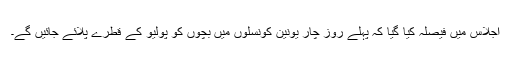
اجلاس میں فیصلہ کیا گیا کہ پہلے روز چار یونین کونسلوں میں بچوں کو پولیو کے قطرے پلائے جائیں گے۔